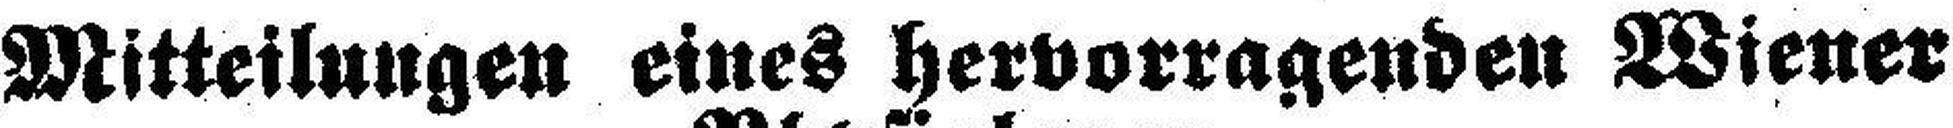
Mitteilungen eines hervorragenden Wiener